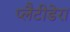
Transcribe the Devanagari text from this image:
प्लैटीडेरा